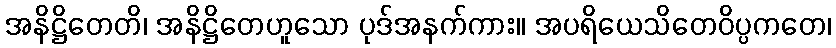
အနိဋ္ဌိတေတိ၊ အနိဋ္ဌိတေဟူသော ပုဒ်အနက်ကား။ အပရိယေသိတေဝိပ္ပကတေ၊